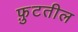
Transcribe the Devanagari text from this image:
फ़ुटतील